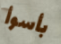
بأسوأ